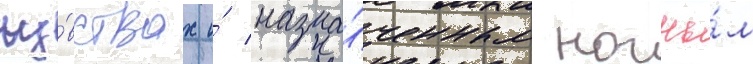
чу́вствах и́ назна́ченным ночны́м